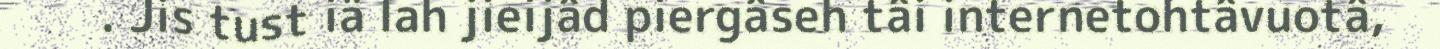
. Jis tust iä lah jieijâd piergâseh tâi internetohtâvuotâ,